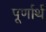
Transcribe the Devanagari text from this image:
पूर्णार्थ